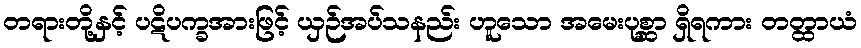
တရားတို့နှင့် ပဋိပက္ခအားဖြင့် ယှဉ်အပ်သနည်း ဟူသော အမေးပုစ္ဆာ ရှိရကား တတ္ထာယံ